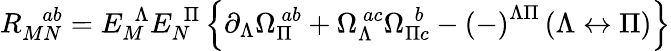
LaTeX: R_{MN}^{\ \ \ \ ab}=E_{M}^{\ \ \Lambda}E_{N}^{\ \ \Pi}\left\{ \partial_{\Lambda}\Omega_{\Pi}^{\ ab}+\Omega_{\Lambda}^{\ ac}\Omega_{\Pi c}^{\ \, b}-\left(-\right)^{\Lambda\Pi}\left(\Lambda\leftrightarrow\Pi\right)\right\}